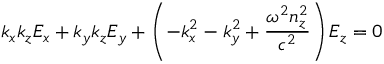
k _ { x } k _ { z } E _ { x } + k _ { y } k _ { z } E _ { y } + \left( - k _ { x } ^ { 2 } - k _ { y } ^ { 2 } + { \frac { \omega ^ { 2 } n _ { z } ^ { 2 } } { c ^ { 2 } } } \right) E _ { z } = 0